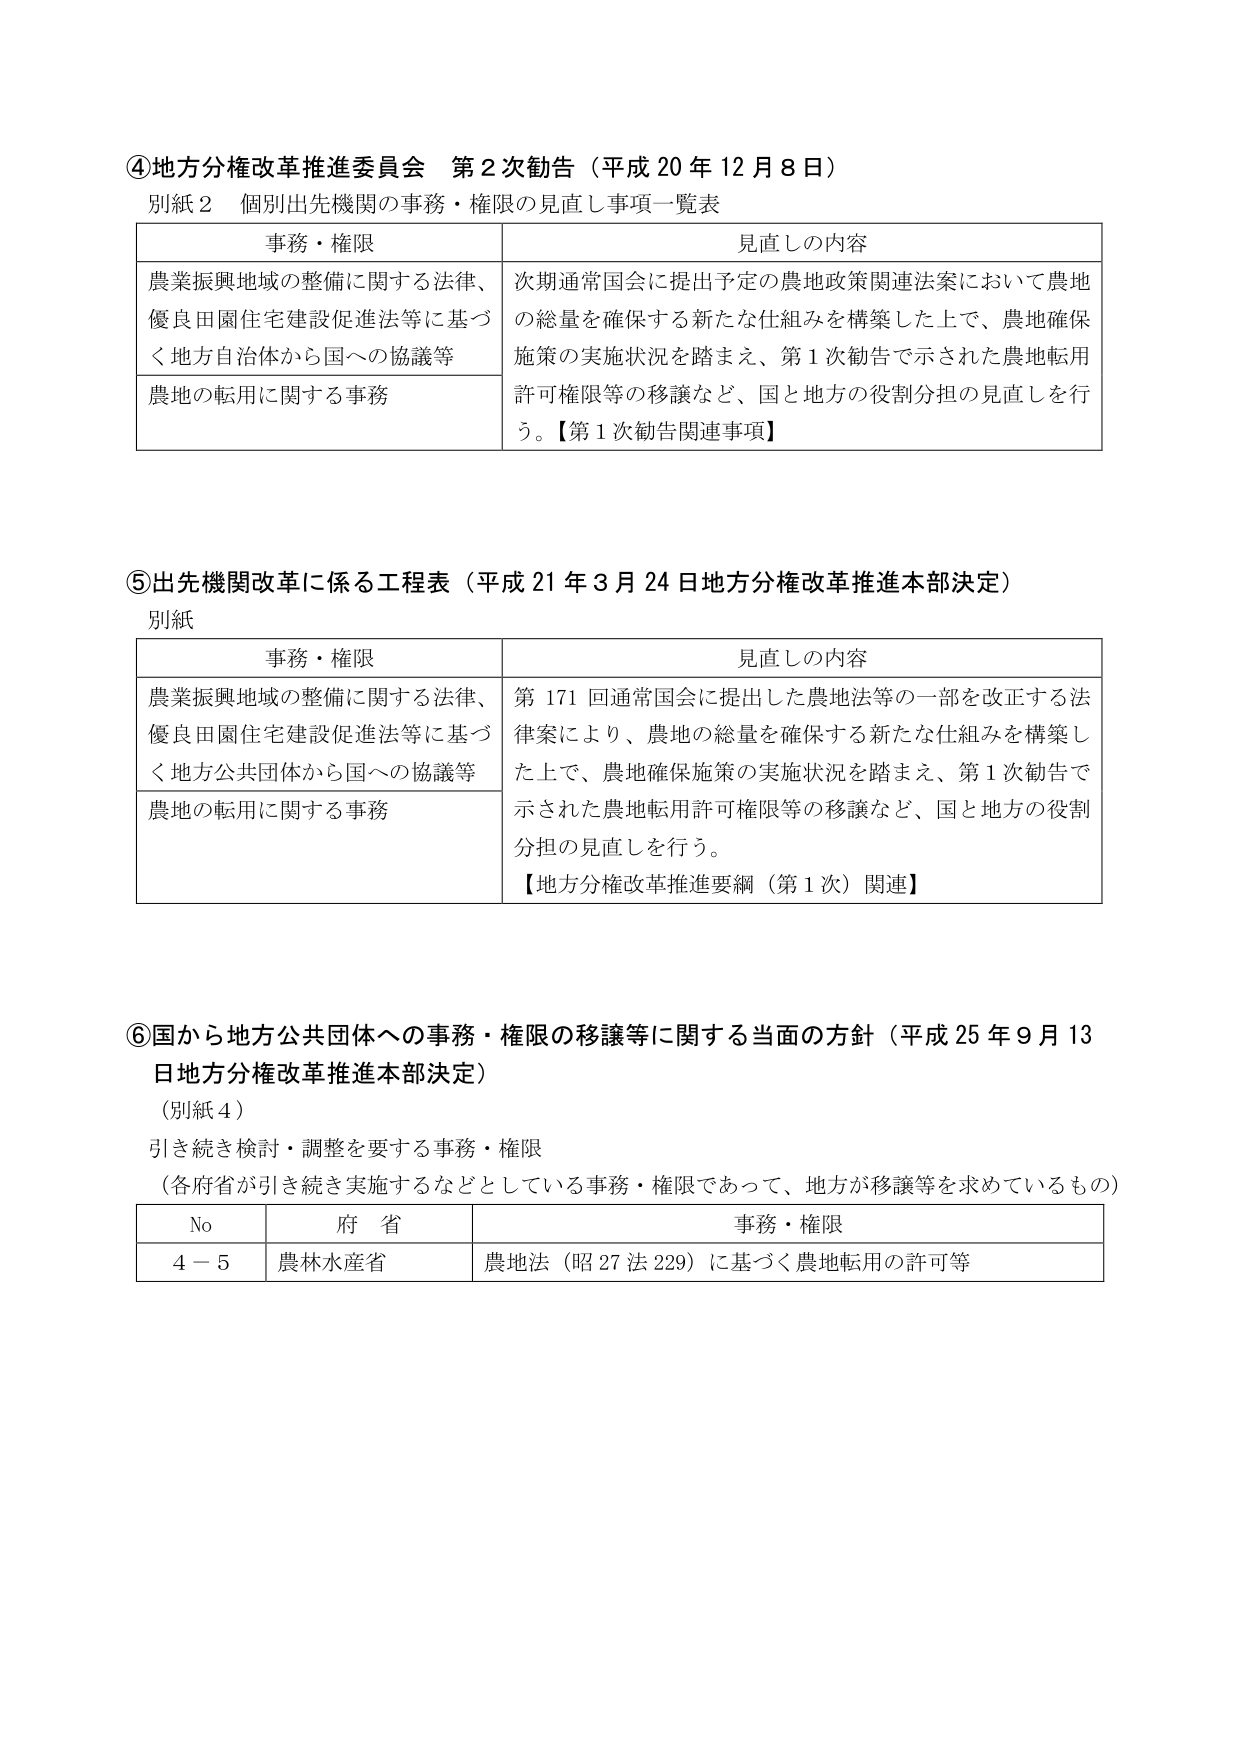
④地方分権改革推進委員会 第2次勧告（平成20年12月8日）
別紙2 個別出先機関の事務・権限の見直し事項一覧表

| 事務・権限 | 見直しの内容 |
|------------|--------------|
| 農業振興地域の整備に関する法律、優良田園住宅建設促進法等に基づく地方自治体から国への協議等 | 次期通常国会に提出予定の農地政策関連法案において農地の総量を確保する新たな仕組みを構築した上で、農地確保施策の実施状況を踏まえ、第1次勧告で示された農地転用許可権限等の移譲など、国と地方の役割分担の見直しを行う。【第1次勧告関連事項】 |
| 農地の転用に関する事務 | |

⑤出先機関改革に係る工程表（平成21年3月24日地方分権改革推進本部決定）
別紙

| 事務・権限 | 見直しの内容 |
|------------|--------------|
| 農業振興地域の整備に関する法律、優良田園住宅建設促進法等に基づく地方公共団体から国への協議等 | 第171回通常国会に提出した農地法等の一部を改正する法律案により、農地の総量を確保する新たな仕組みを構築した上で、農地確保施策の実施状況を踏まえ、第1次勧告で示された農地転用許可権限等の移譲など、国と地方の役割分担の見直しを行う。【地方分権改革推進要綱（第1次）関連】 |
| 農地の転用に関する事務 | |

⑥国から地方公共団体への事務・権限の移譲等に関する当面の方針（平成25年9月13日地方分権改革推進本部決定）
（別紙4）
引き続き検討・調整を要する事務・権限
（各府省が引き続き実施するなどとしている事務・権限であって、地方が移譲等を求めているもの）

| No | 府省 | 事務・権限 |
|----|------|------------|
| 4－5 | 農林水産省 | 農地法（昭27法229）に基づく農地転用の許可等 |